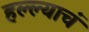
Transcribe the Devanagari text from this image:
हल्ल्याचं